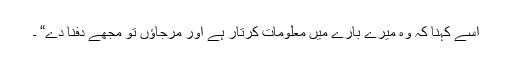
اُسے کہنا کہ وہ میرے بارے میں معلومات کرتار ہے اور مرجاﺅں تو مجھے دفنا دے“ ۔